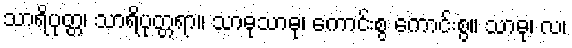
သာရိပုတ္တ၊ သာရိပုတ္တရာ။ သာဓုသာဓု၊ ကောင်းစွ ကောင်းစွ။ သာဓု၊ လ၊